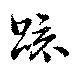
疏